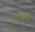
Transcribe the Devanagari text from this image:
बदलेगीं